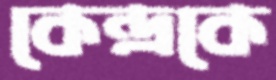
কেন্দ্রকে